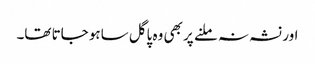
اور نشہ نہ ملنے پر بھی وہ پاگل ساہو جاتا تھا۔